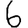
Digit: 6